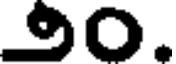
౨౦.